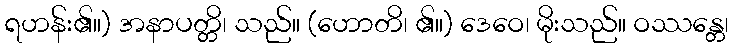
ရဟန်း၏။) အနာပတ္တိ၊ သည်။ (ဟောတိ၊ ၏။) ဒေဝေ၊ မိုးသည်။ ဝဿန္တေ၊